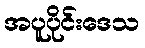
အပူပိုင်းဒေသ